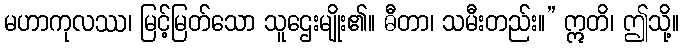
မဟာကုလဿ၊ မြင့်မြတ်သော သူဌေးမျိုး၏။ ဓီတာ၊ သမီးတည်း။” ဣတိ၊ ဤသို့။